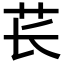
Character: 苌